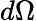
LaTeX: d\Omega